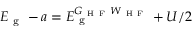
E _ { \mathrm { ~ g ~ } } - a = E _ { \mathrm { ~ g ~ } } ^ { G _ { \mathrm { ~ H ~ F ~ } } W _ { \mathrm { ~ H ~ F ~ } } } + U / 2